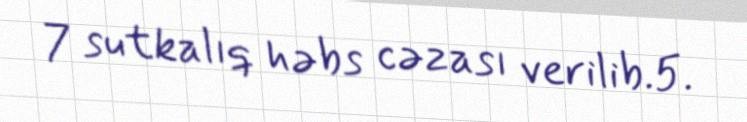
7 sutkalıq həbs cəzası verilib.5.